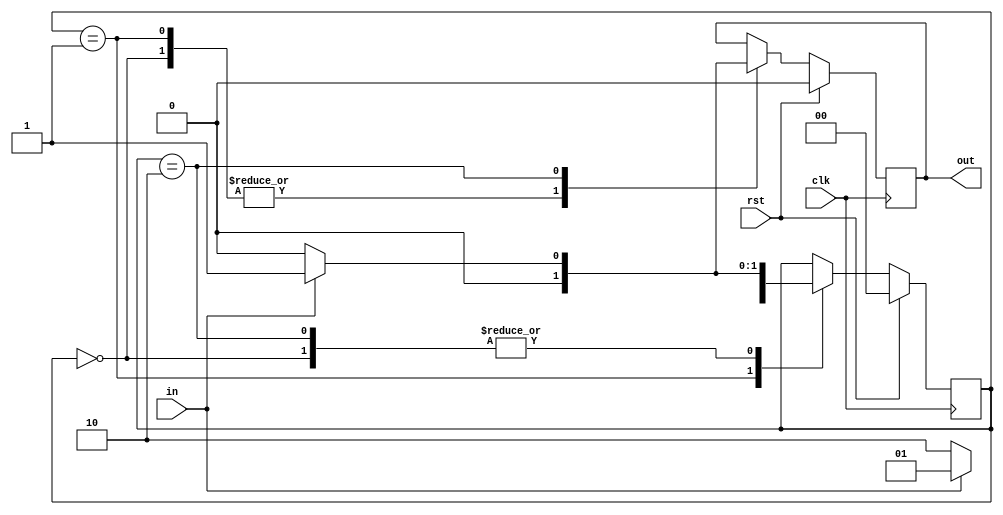
`timescale 1ns / 1ps
//////////////////////////////////////////////////////////////////////////////////
// Company: 
// Engineer: 
// 
// Design Name: 
// Module Name: measly_fsm
// Project Name: 
// Target Devices: 
// Tool Versions: 
// Description: 
// 
// Dependencies: 
// 
// Revision:
// Revision 0.01 - File Created
// Additional Comments:
// 
//////////////////////////////////////////////////////////////////////////////////


module measly_fsm(
  input in,
  input clk,
  input rst,
  output reg out
    );
    reg[1:0] cst;
    reg[1:0] nst;
    
    parameter [1:0]s0=2'b00;
    parameter [1:0]s1=2'b01;
    parameter [1:0]s2=2'b10;
    
    always@(posedge clk)
    begin
    if(rst) begin
    out=1'b0;
    cst=s0;
    nst=s0; end
    else
      begin
      cst=nst;
      
      case(nst)
      
    s0:if(in) begin
    out=1'b0;
    nst=s1;end
    else begin
    out =1'b0;
    nst=s0;end  
    
    
     s1:if(in) begin
       out=1'b0;
       nst=s1;end
       else begin
       out =1'b0;
       nst=s2;end  
       
        s2:if(in) begin
          out=1'b1;
          nst=s1;end
          else begin
          out =1'b0;
          nst=s0;end  
          
          endcase
          end
           end
         
    
    
    
endmodule